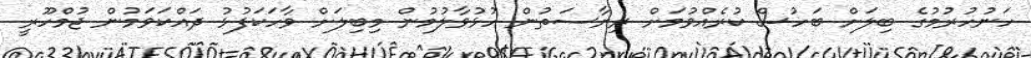
ހަނުހުރުމުގެ ބިލަށް ބަހުސް ކުރެއްވުމަށް ރިޔާސަތުން ހުޅުވާލުމުން މިބިލަށް ވާހަކަފުޅު ދައްކަވަމުން ޖުމްހޫރީ